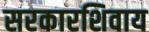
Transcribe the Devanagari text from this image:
सरकारशिवाय